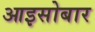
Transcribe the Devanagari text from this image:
आइसोबार